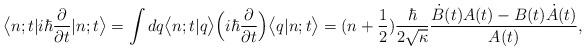
LaTeX: \begin{align*}\bigl<n;t|i\hbar\frac{\partial}{\partial t}|n;t\bigr>=\int d q \bigl<n;t|q\bigr>\Bigl(i\hbar\frac{\partial}{\partial t}\Bigr)\bigl<q|n;t\bigr>=(n+\frac{1}{2})\frac{\hbar}{2\sqrt{\kappa}}\frac{\dot{B}(t)A(t)-B(t)\dot{A}(t)}{A(t)},\end{align*}